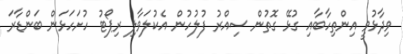
ވިދާޅުވީ އިންތިހާބާއި ގުޅޭ ގޮތުން ސިއްރު ފުލުހުން އެކުލަވާލި ރިޕޯޓު ހުށަހަޅަން ބަންޑާރަ